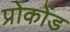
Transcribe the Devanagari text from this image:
प्रोकोंड